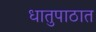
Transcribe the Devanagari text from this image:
धातुपाठात